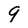
Character: 9